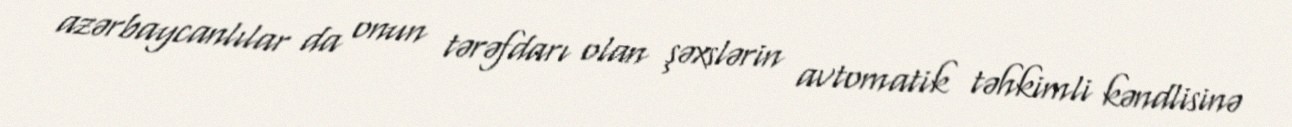
azərbaycanlılar da onun tərəfdarı olan şəxslərin avtomatik təhkimli kəndlisinə